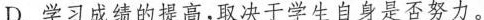
D.学习成绩的提高，取决于学生自身是否努力。